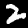
Digit: 2